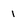
Character: I